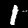
Label: 1